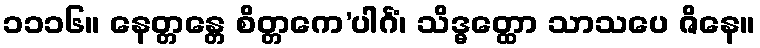
၁၁၁၆။ နေတ္တန္တေ စိတ္တကေ’ပါင်္ဂံ၊ သိဒ္ဓတ္ထော သာသပေ ဇိနေ။